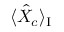
\langle \hat { X } _ { c } \rangle _ { \mathrm { I } }